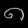
Digit: ၈